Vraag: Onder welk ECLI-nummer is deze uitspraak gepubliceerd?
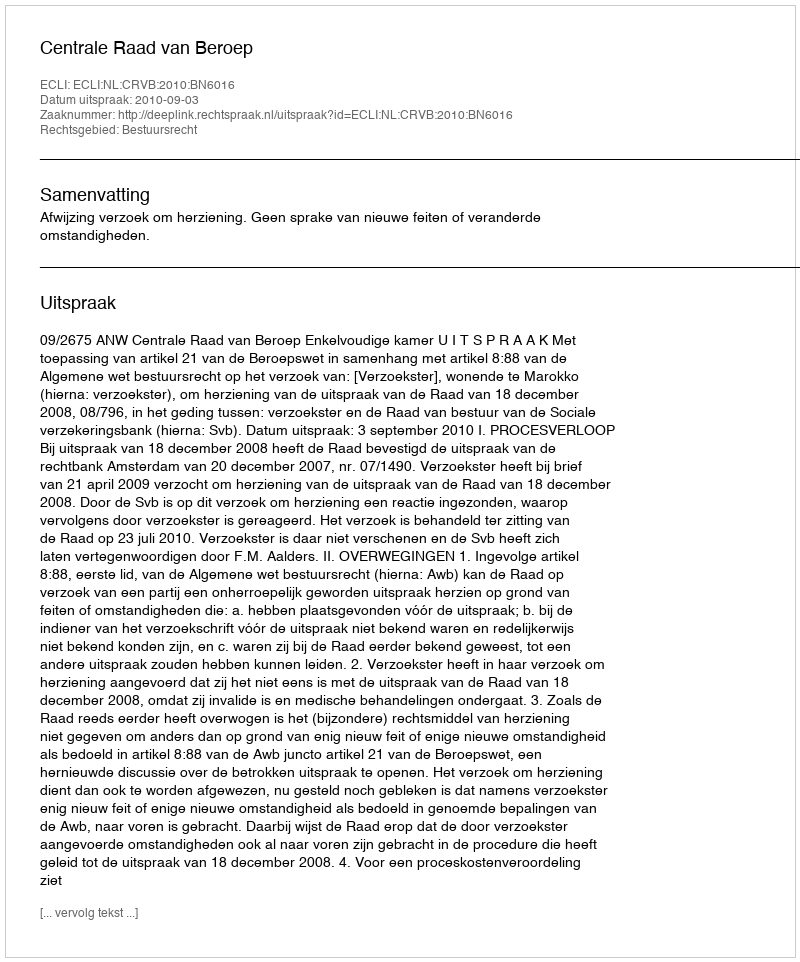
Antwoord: ECLI:NL:CRVB:2010:BN6016